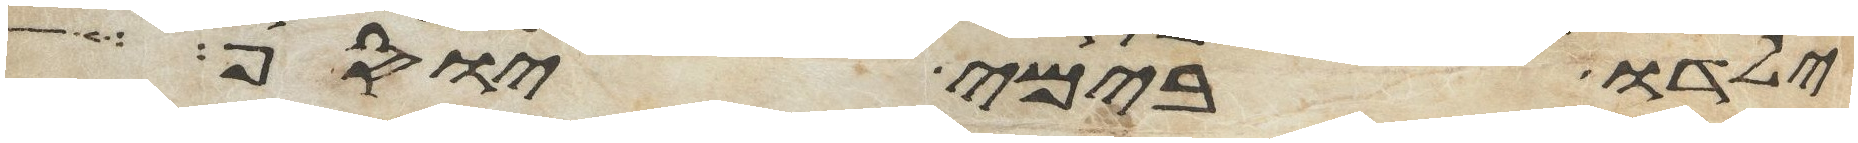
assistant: ילדו בימי יוסף